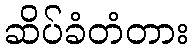
ဆိပ်ခံတံတား